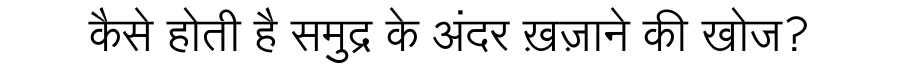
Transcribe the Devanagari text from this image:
कैसे होती है समुद्र के अंदर ख़ज़ाने की खोज?